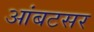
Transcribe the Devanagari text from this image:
आंबटसर